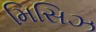
મિસિઝ